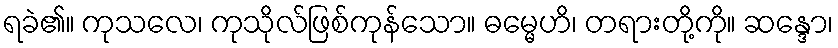
ရခဲ၏။ ကုသလေ၊ ကုသိုလ်ဖြစ်ကုန်သော။ ဓမ္မေဟိ၊ တရားတို့ကို။ ဆန္ဒော၊